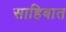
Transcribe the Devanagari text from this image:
साहिबात